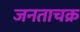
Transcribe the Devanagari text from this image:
जनताचक्र